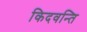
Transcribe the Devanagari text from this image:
किदवन्ति